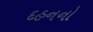
દહનનો